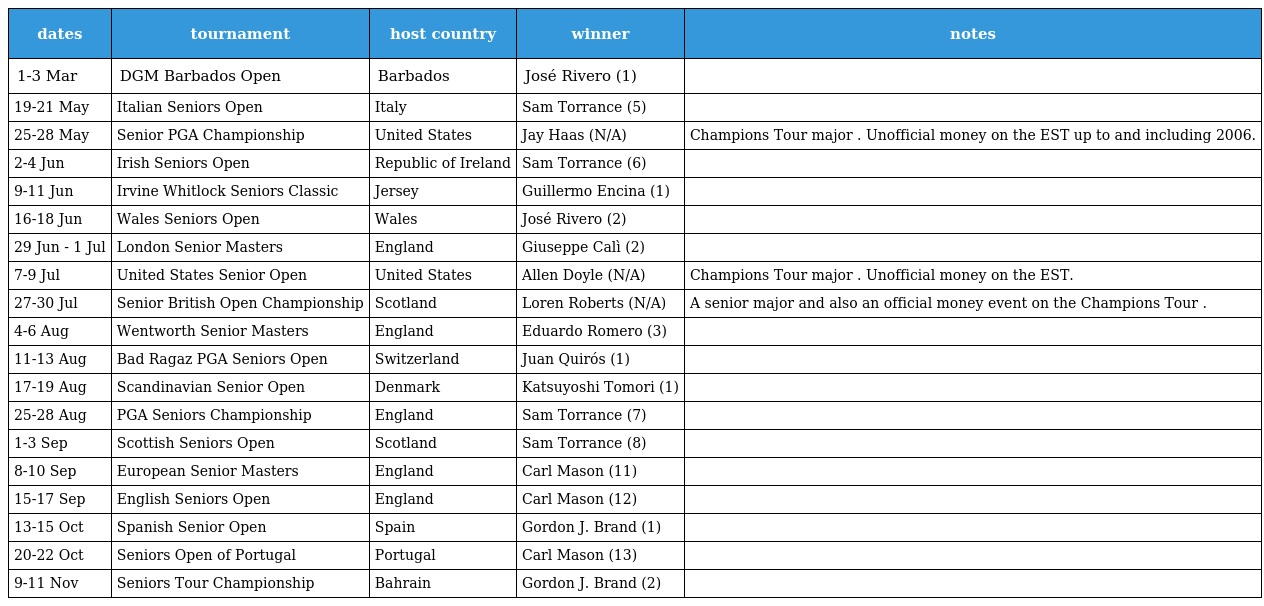
| dates | tournament | host country | winner | notes |
 | --- | --- | --- | --- | --- |
 | 1-3 Mar | DGM Barbados Open | Barbados | José Rivero (1) |  |
 | 19-21 May | Italian Seniors Open | Italy | Sam Torrance (5) |  |
 | 25-28 May | Senior PGA Championship | United States | Jay Haas (N/A) | Champions Tour major . Unofficial money on the EST up to and including 2006. |
 | 2-4 Jun | Irish Seniors Open | Republic of Ireland | Sam Torrance (6) |  |
 | 9-11 Jun | Irvine Whitlock Seniors Classic | Jersey | Guillermo Encina (1) |  |
 | 16-18 Jun | Wales Seniors Open | Wales | José Rivero (2) |  |
 | 29 Jun - 1 Jul | London Senior Masters | England | Giuseppe Calì (2) |  |
 | 7-9 Jul | United States Senior Open | United States | Allen Doyle (N/A) | Champions Tour major . Unofficial money on the EST. |
 | 27-30 Jul | Senior British Open Championship | Scotland | Loren Roberts (N/A) | A senior major and also an official money event on the Champions Tour . |
 | 4-6 Aug | Wentworth Senior Masters | England | Eduardo Romero (3) |  |
 | 11-13 Aug | Bad Ragaz PGA Seniors Open | Switzerland | Juan Quirós (1) |  |
 | 17-19 Aug | Scandinavian Senior Open | Denmark | Katsuyoshi Tomori (1) |  |
 | 25-28 Aug | PGA Seniors Championship | England | Sam Torrance (7) |  |
 | 1-3 Sep | Scottish Seniors Open | Scotland | Sam Torrance (8) |  |
 | 8-10 Sep | European Senior Masters | England | Carl Mason (11) |  |
 | 15-17 Sep | English Seniors Open | England | Carl Mason (12) |  |
 | 13-15 Oct | Spanish Senior Open | Spain | Gordon J. Brand (1) |  |
 | 20-22 Oct | Seniors Open of Portugal | Portugal | Carl Mason (13) |  |
 | 9-11 Nov | Seniors Tour Championship | Bahrain | Gordon J. Brand (2) |  |